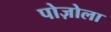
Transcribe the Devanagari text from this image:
पोज़ोला